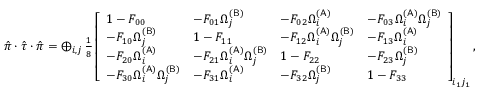
\begin{array} { r } { \hat { \pi } \cdot \hat { \tau } \cdot \hat { \pi } = \bigoplus _ { i , j } \frac { 1 } { 8 } \left[ \begin{array} { l l l l } { 1 - F _ { 0 0 } } & { - F _ { 0 1 } \Omega _ { j } ^ { ( \mathsf { B } ) } } & { - F _ { 0 2 } \Omega _ { i } ^ { ( \mathsf { A } ) } } & { - F _ { 0 3 } \Omega _ { i } ^ { ( \mathsf { A } ) } \Omega _ { j } ^ { ( \mathsf { B } ) } } \\ { - F _ { 1 0 } \Omega _ { j } ^ { ( \mathsf { B } ) } } & { 1 - F _ { 1 1 } } & { - F _ { 1 2 } \Omega _ { i } ^ { ( \mathsf { A } ) } \Omega _ { j } ^ { ( \mathsf { B } ) } } & { - F _ { 1 3 } \Omega _ { i } ^ { ( \mathsf { A } ) } } \\ { - F _ { 2 0 } \Omega _ { i } ^ { ( \mathsf { A } ) } } & { - F _ { 2 1 } \Omega _ { i } ^ { ( \mathsf { A } ) } \Omega _ { j } ^ { ( \mathsf { B } ) } } & { 1 - F _ { 2 2 } } & { - F _ { 2 3 } \Omega _ { j } ^ { ( \mathsf { B } ) } } \\ { - F _ { 3 0 } \Omega _ { i } ^ { ( \mathsf { A } ) } \Omega _ { j } ^ { ( \mathsf { B } ) } } & { - F _ { 3 1 } \Omega _ { i } ^ { ( \mathsf { A } ) } } & { - F _ { 3 2 } \Omega _ { j } ^ { ( \mathsf { B } ) } } & { 1 - F _ { 3 3 } } \end{array} \right] _ { i _ { 1 } j _ { 1 } } , } \end{array}